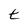
Character: t